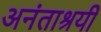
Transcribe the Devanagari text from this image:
अनंताश्रयी